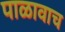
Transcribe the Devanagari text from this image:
पाळावाच